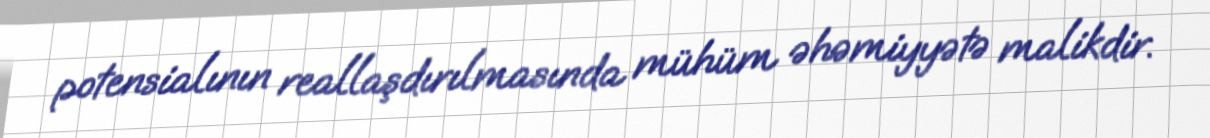
potensialının reallaşdırılmasında mühüm əhəmiyyətə malikdir.